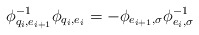
\begin{align*}\phi_{q_i,e_{i+1}}^{-1}\phi_{q_{i},e_i}=-\phi_{e_{i+1},\sigma}\phi_{e_i,\sigma}^{-1}\end{align*}